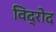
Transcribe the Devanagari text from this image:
विद्रोद